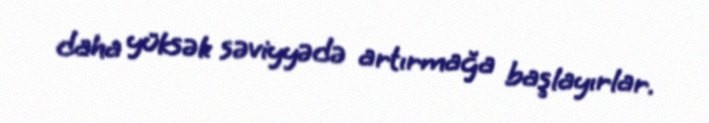
daha yüksək səviyyədə artırmağa başlayırlar.